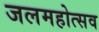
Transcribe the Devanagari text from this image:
जलमहोत्सव